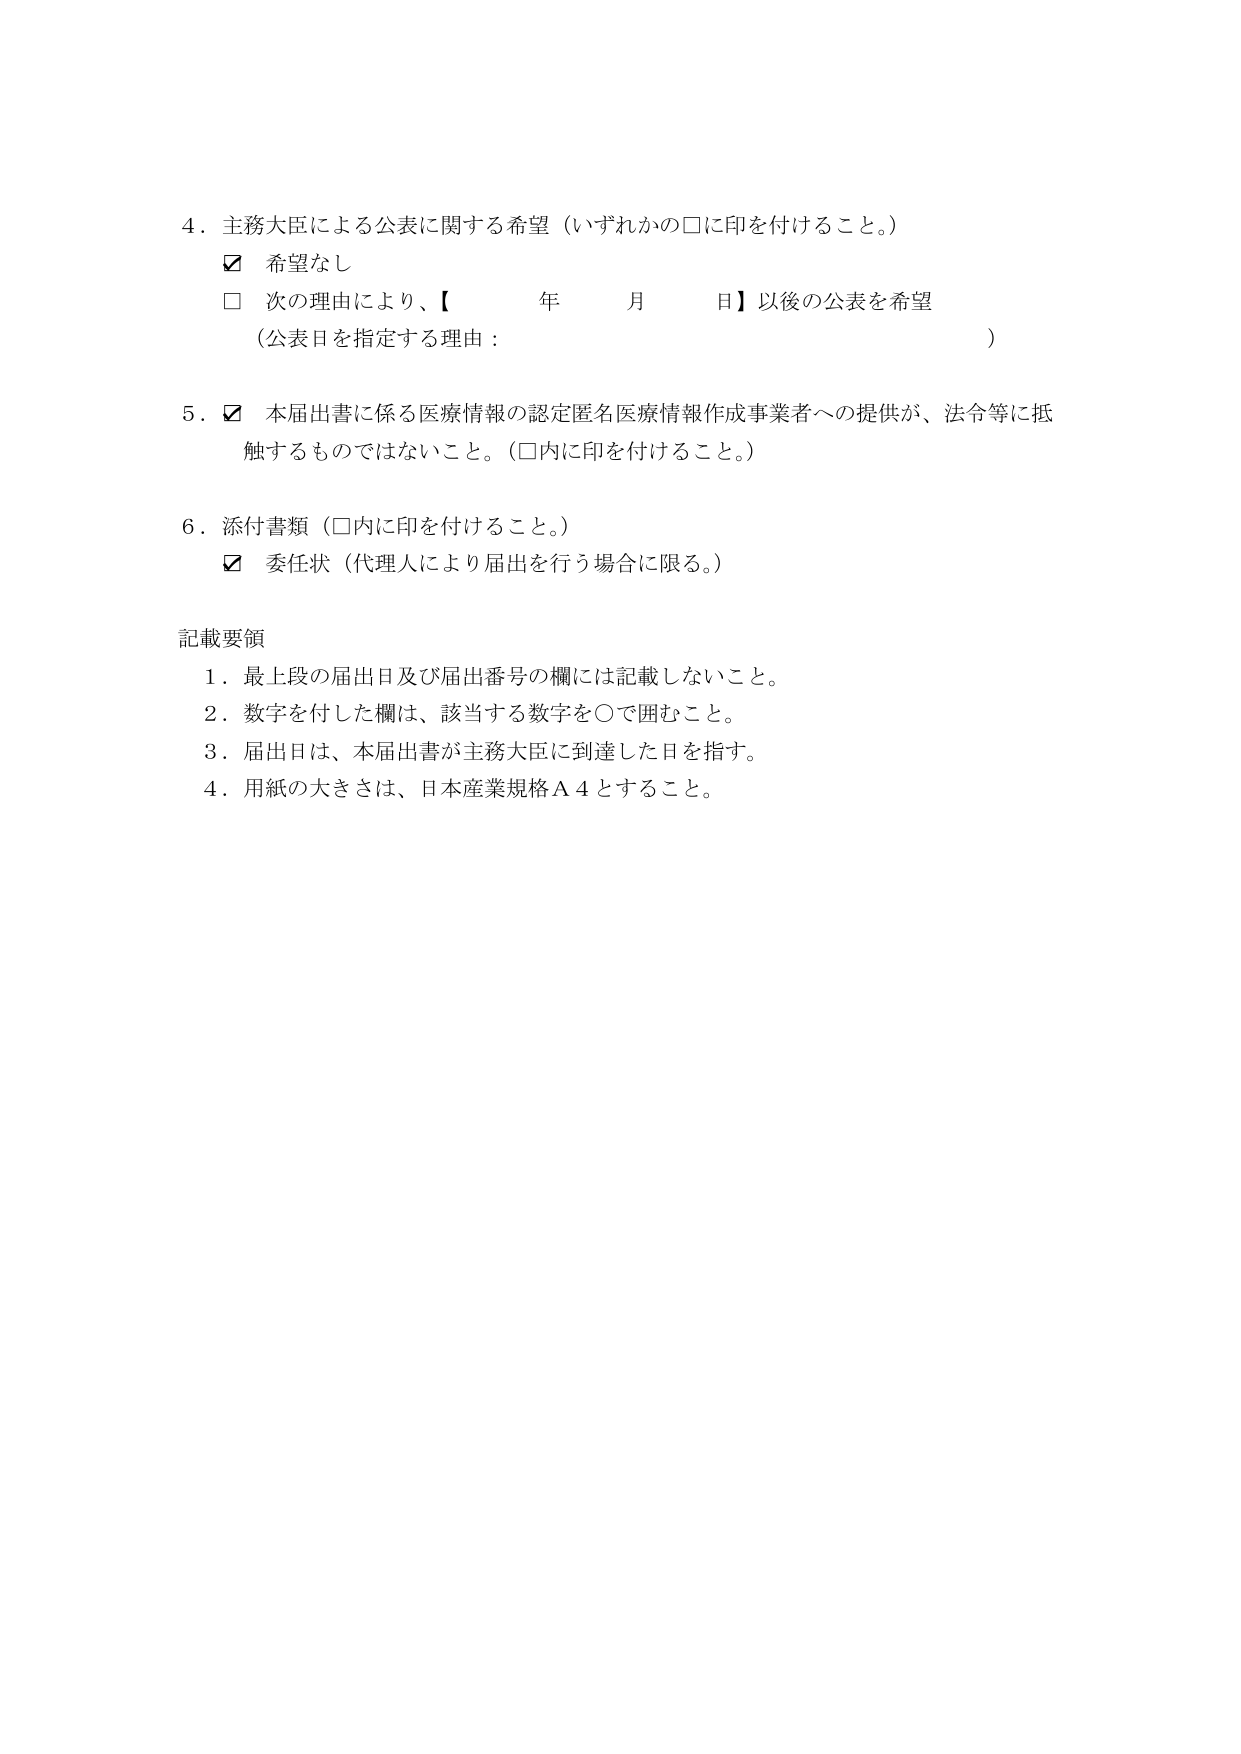
4. 主務大臣による公表に関する希望（いずれかの□に印を付けること。）
　☑ 希望なし
　□ 次の理由により、【　　　年　　　月　　　日】以後の公表を希望
　　（公表日を指定する理由：　　　　　　　　　　　　　　　　　　　）

5. ☑ 本届出書に係る医療情報の認定匿名医療情報作成事業者への提供が、法令等に抵触するものではないこと。（□内に印を付けること。）

6. 添付書類（□内に印を付けること。）
　☑ 委任状（代理人により届出を行う場合に限る。）

記載要領
1. 最上段の届出日及び届出番号の欄には記載しないこと。
2. 数字を付した欄は、該当する数字を○で囲むこと。
3. 届出日は、本届出書が主務大臣に到達した日を指す。
4. 用紙の大きさは、日本産業規格Ａ４とすること。